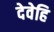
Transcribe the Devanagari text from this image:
देवेहि